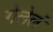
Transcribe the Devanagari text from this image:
गेलेलं